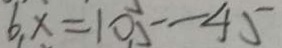
6 . x = 1 0 . 5 - 4 5